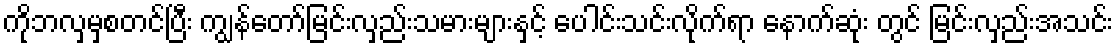
ကိုဘလှမှစတင်ပြီး ကျွန်တော်မြင်းလှည်းသမားများနှင့် ပေါင်းသင်းလိုက်ရာ နောက်ဆုံး တွင် မြင်းလှည်းအသင်း